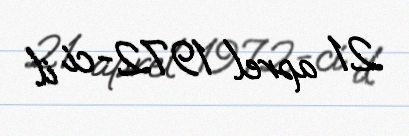
21 aprel 1972-ci il